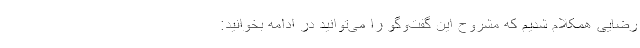
رضایی همکلام شدیم که مشروح این گفت‌وگو را می‌توانید در ادامه بخوانید: